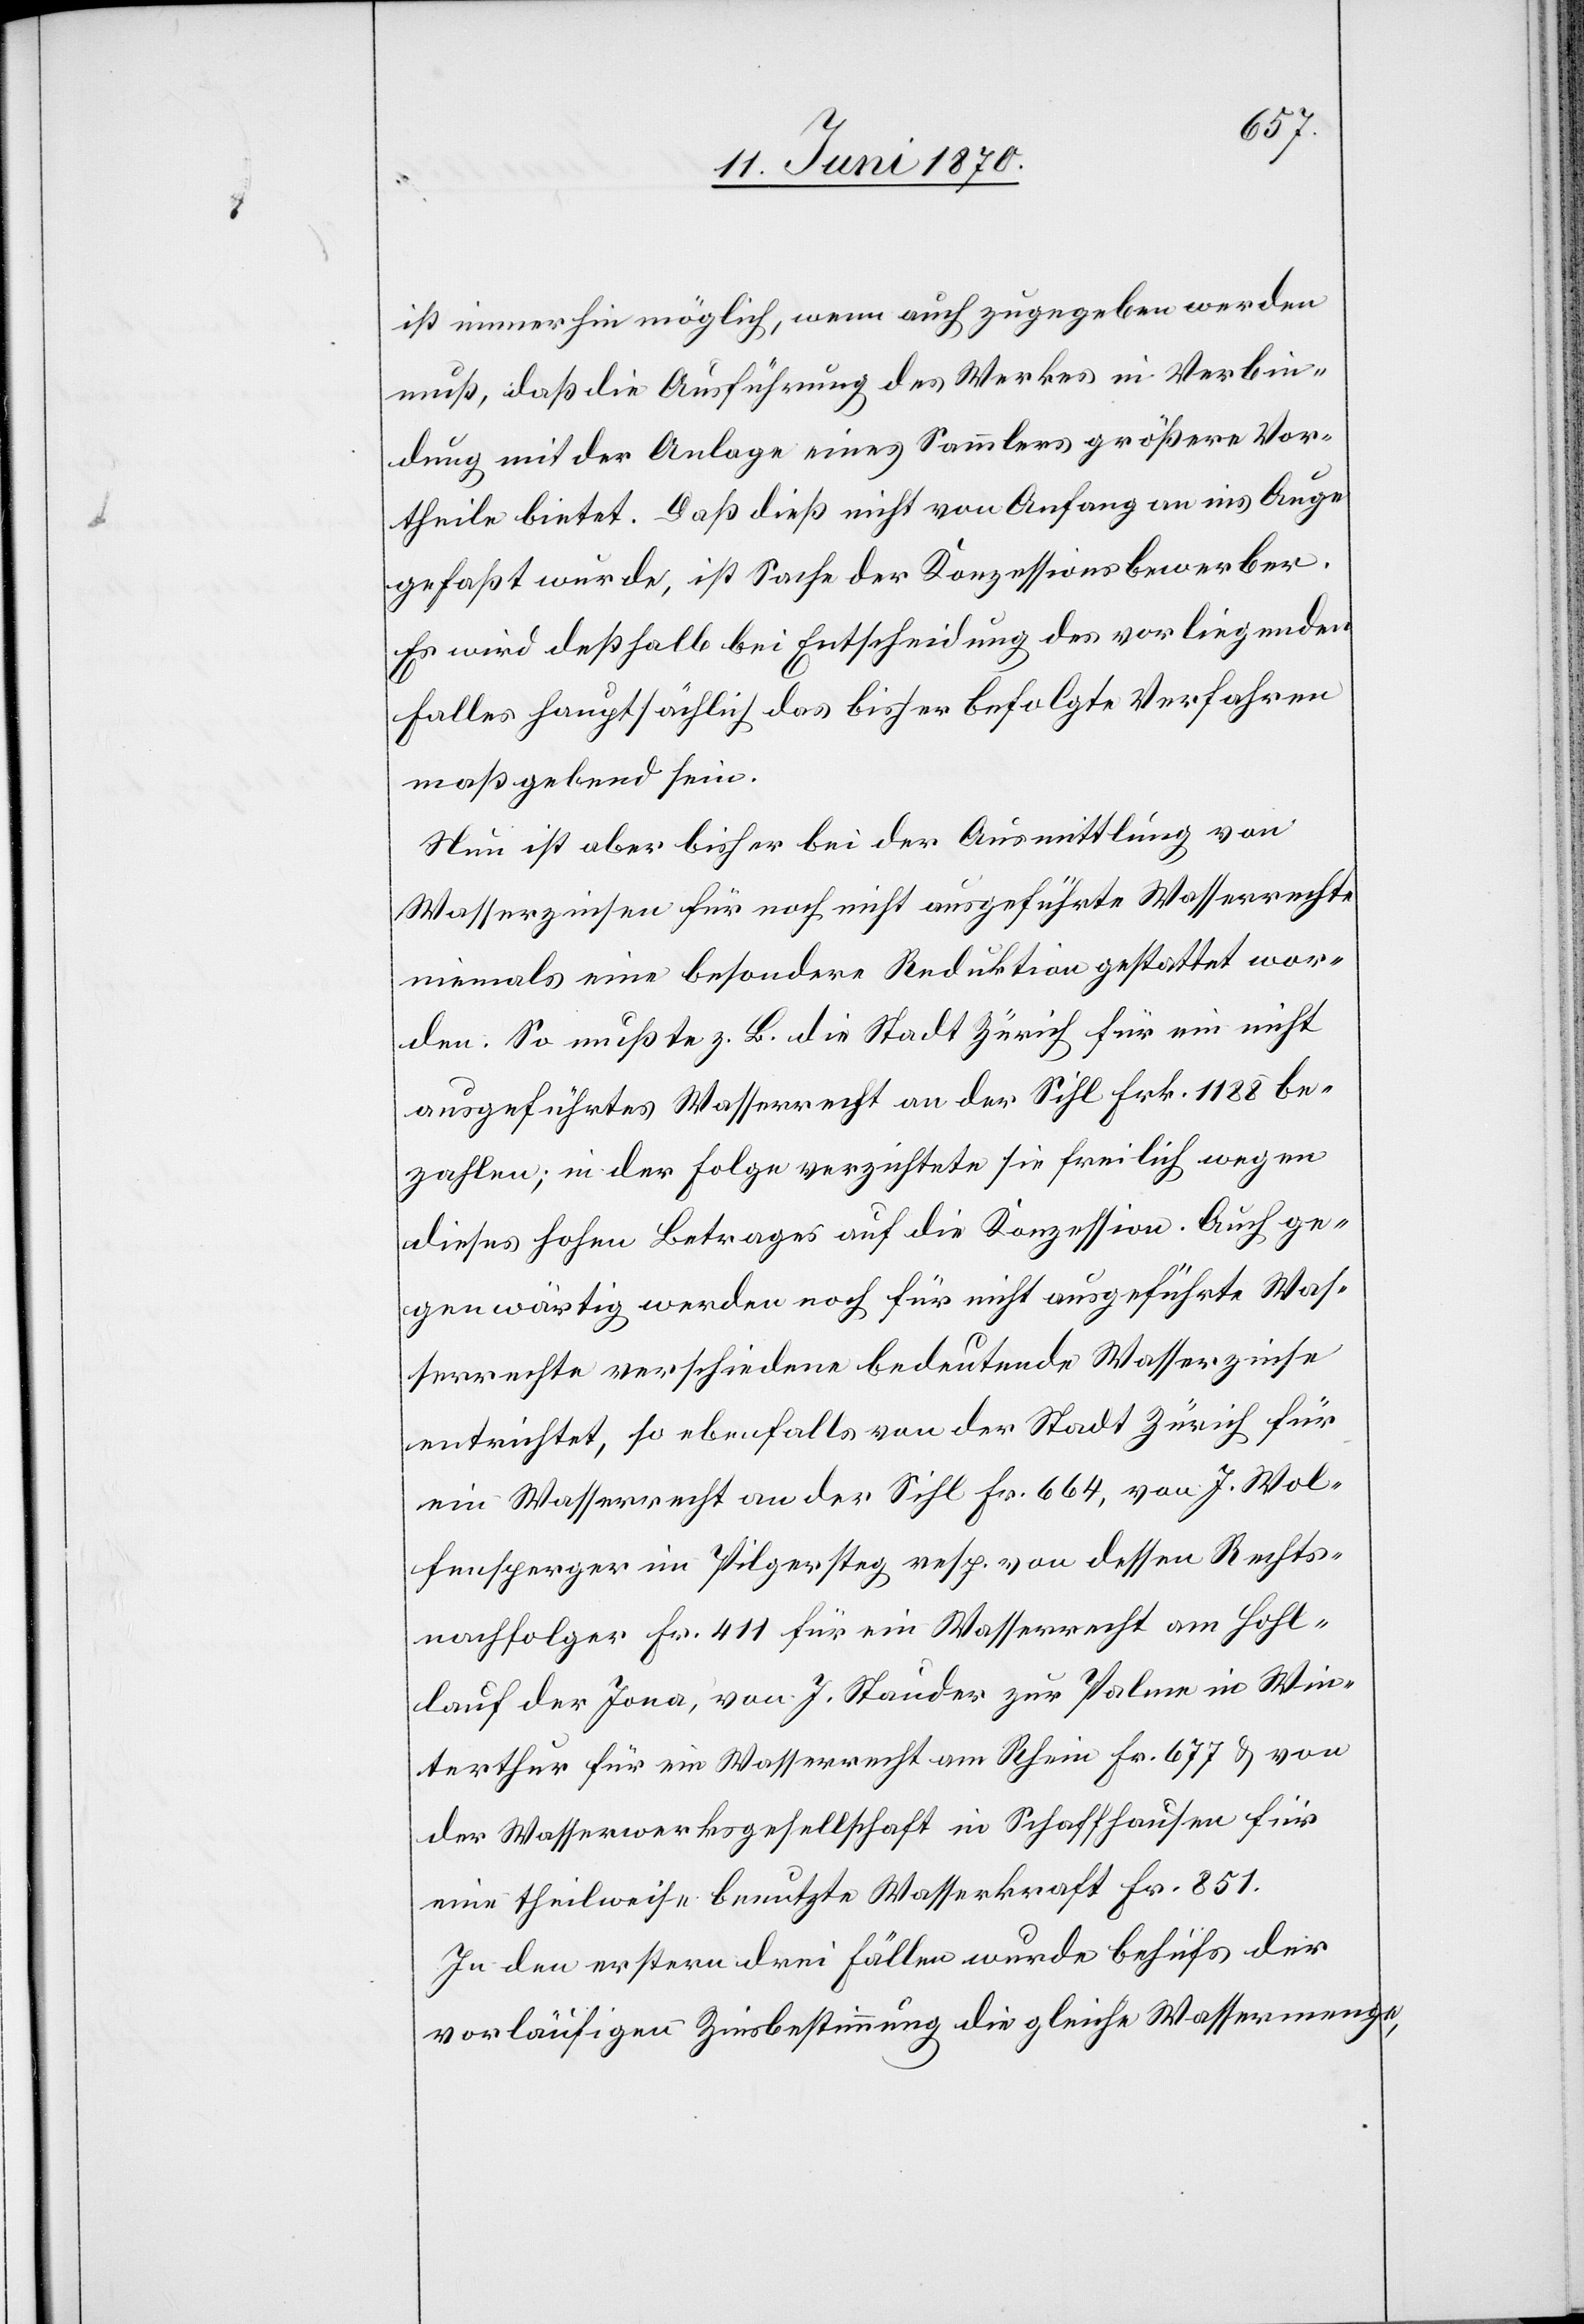
ist immerhin möglich, wenn auch zugegeben werden
muß, daß die Ausführung des Werkes in Verbin¬
dung mit der Anlage eines Sammlers größere Vor¬
theile bietet. Daß dieß nicht von Anfang an ins Auge
gefaßt wurde, ist Sache der Konzessionsbewerber.
Es wird deßhalb bei Entscheidung des vorliegenden
Falles hauptsächlich das bisher befolgte Verfahren
maßgebend sein.
Nun ist aber bisher bei der Ausmittlung von
Wasserzinsen für noch nicht ausgeführte Wasserrechte
niemals eine besondere Reduktion gestattet wor¬
den. So mußte z. B. die Stadt Zürich für ein nicht
ausgeführtes Wasserrecht an der Sihl Frk. 1188 be¬
zahlen; in der Folge verzichtete sie freilich wegen
dieses hohen Betrages auf die Konzession. Auch ge¬
genwärtig werden noch für nicht ausgeführte Was¬
serrechte verschiedene bedeutende Wasserzinse
entrichtet, so ebenfalls von der Stadt Zürich für
ein Wasserrecht an der Sihl Fr. 664, von J. Wol¬
fensperger im Pilgersteg resp. von dessen Rechts¬
nachfolger Fr. 411 für ein Wasserrecht am Hohl¬
lauf der Jona, von J. Stauder zur Palme in Win¬
terthur für ein Wasserrecht am Rhein Fr. 677 & von
der Wasserwerksgesellschaft in Schaffhausen für
eine theilweise benutzte Wasserkraft Fr. 851.
In den erstern drei Fällen wurde behufs der
vorläufigen Zinsbestimmung die gleiche Wassermenge,